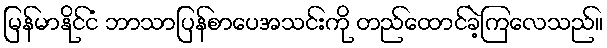
မြန်မာနိုင်ငံ ဘာသာပြန်စာပေအသင်းကို တည်ထောင်ခဲ့ကြလေသည်။